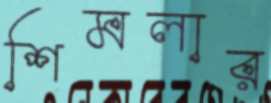
শিমলার